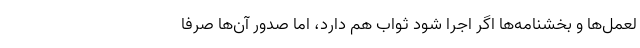
لعمل‌ها و بخشنامه‌ها اگر اجرا شود ثواب هم دارد، اما صدور آن‌ها صرفاً